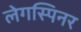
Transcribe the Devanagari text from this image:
लेगस्पिनर